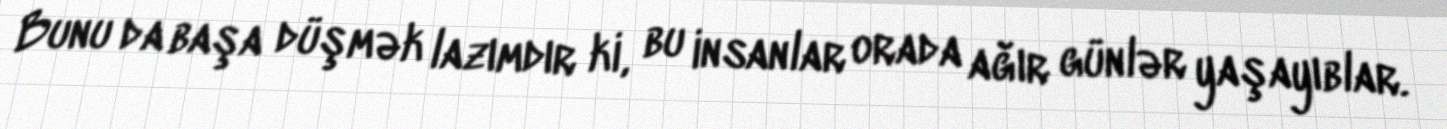
Bunu da başa düşmək lazımdır ki, bu insanlar orada ağır günlər yaşayıblar.